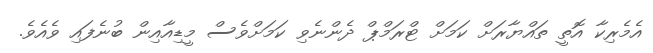
އެމެރިކާ އޮތީ ތައްޔާރަށް ކަމަށް ޓްރަމްޕް ދެންނެވި ކަމަށްވެސް މީޑިއާއިން ބުނެފައި ވެއެވެ.